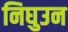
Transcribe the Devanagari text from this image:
निघुउन